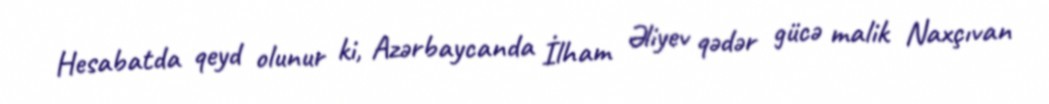
Hesabatda qeyd olunur ki, Azərbaycanda İlham Əliyev qədər gücə malik Naxçıvan